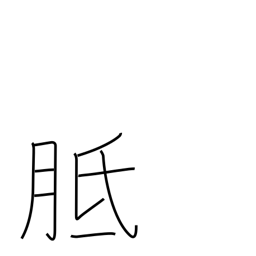
Meaning: callus